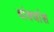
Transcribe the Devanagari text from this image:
वांक्यांश